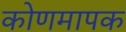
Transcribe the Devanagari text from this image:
कोणमापक